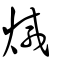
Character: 煘